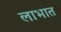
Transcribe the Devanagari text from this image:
लाभात